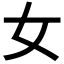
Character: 女